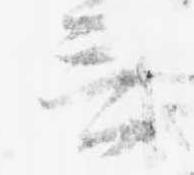
言